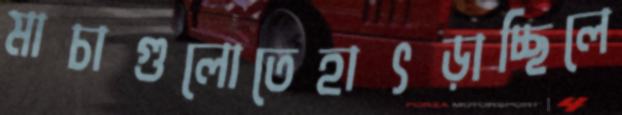
মাচাগুলোতেহাৎড়াচ্ছিলে